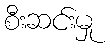
စီးဆင်းမှု